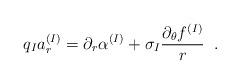
LaTeX: \begin{align*} q_{I}a^{(I)}_{r}=\partial_{r}\alpha^{(I)} +\sigma_{I}\frac{\partial_{\theta}f^{(I)}}{r} \;\;.\end{align*}